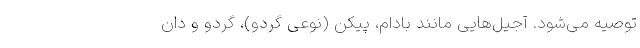
توصیه می‌شود. آجیل‌هایی مانند بادام، پیکن (نوعی گردو)، گردو و دان